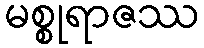
မစ္စုရာဇဿ